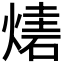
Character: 𤎃